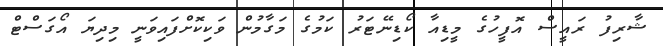
ޝާރިފު ރައީސް އޮފީހުގެ މީީޑިއާ ކޯޑިނޭޓަރު ކަމުގެ މަގާމުން ވަކިކޮށްފައިވަނީ މިދިޔަ އޯގަސްޓް